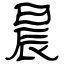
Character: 晨